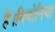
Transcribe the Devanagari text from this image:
है।निमोनिया